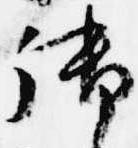
御